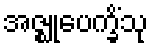
အဇ္ဈုပေက္ခိံသု